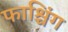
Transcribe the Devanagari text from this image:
फाश्चिंग